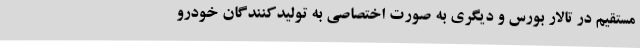
مستقیم در تالار بورس و دیگری به صورت اختصاصی به تولیدکنندگان خودرو